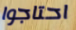
احتاجوا